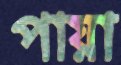
পায়া